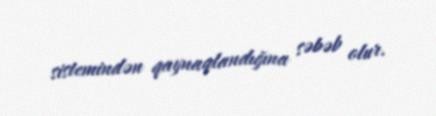
sistemindən qaynaqlandığına səbəb olur.